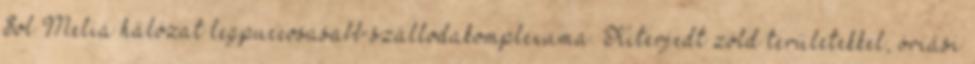
Sol Meliá hálózat legpuccosasabb szállodakomplexuma. Kiterjedt zöld területekkel, óriási